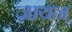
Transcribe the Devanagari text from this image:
ज़ायन